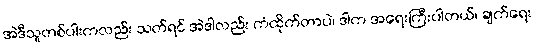
အဲဒီသူတစ်ပါးကလည်း သတ်ရင် အဲဒါလည်း ကံထိုက်တာပဲ၊ ဒါက အရေးကြီးပါတယ်၊ ချက်ရေး